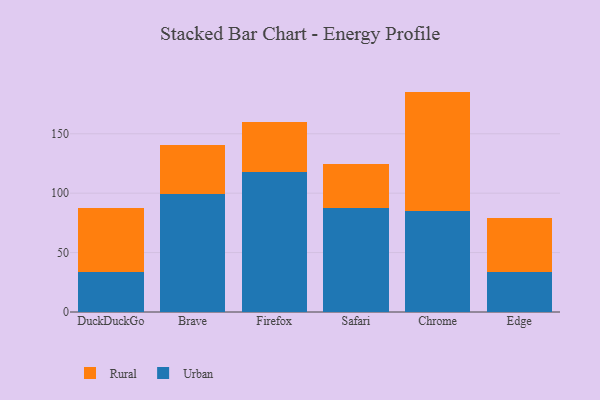
{"axis": {"x": "Browser", "y": "Temperature (°C)"}, "legend": ["Rural", "Urban"], "data": [{"x": "DuckDuckGo", "y": 33.5, "type": "Urban"}, {"x": "DuckDuckGo", "y": 54.3, "type": "Rural"}, {"x": "Brave", "y": 99.2, "type": "Urban"}, {"x": "Brave", "y": 41.5, "type": "Rural"}, {"x": "Firefox", "y": 118.2, "type": "Urban"}, {"x": "Firefox", "y": 41.5, "type": "Rural"}, {"x": "Safari", "y": 87.4, "type": "Urban"}, {"x": "Safari", "y": 37.4, "type": "Rural"}, {"x": "Chrome", "y": 84.8, "type": "Urban"}, {"x": "Chrome", "y": 100.7, "type": "Rural"}, {"x": "Edge", "y": 33.5, "type": "Urban"}, {"x": "Edge", "y": 45.8, "type": "Rural"}]}